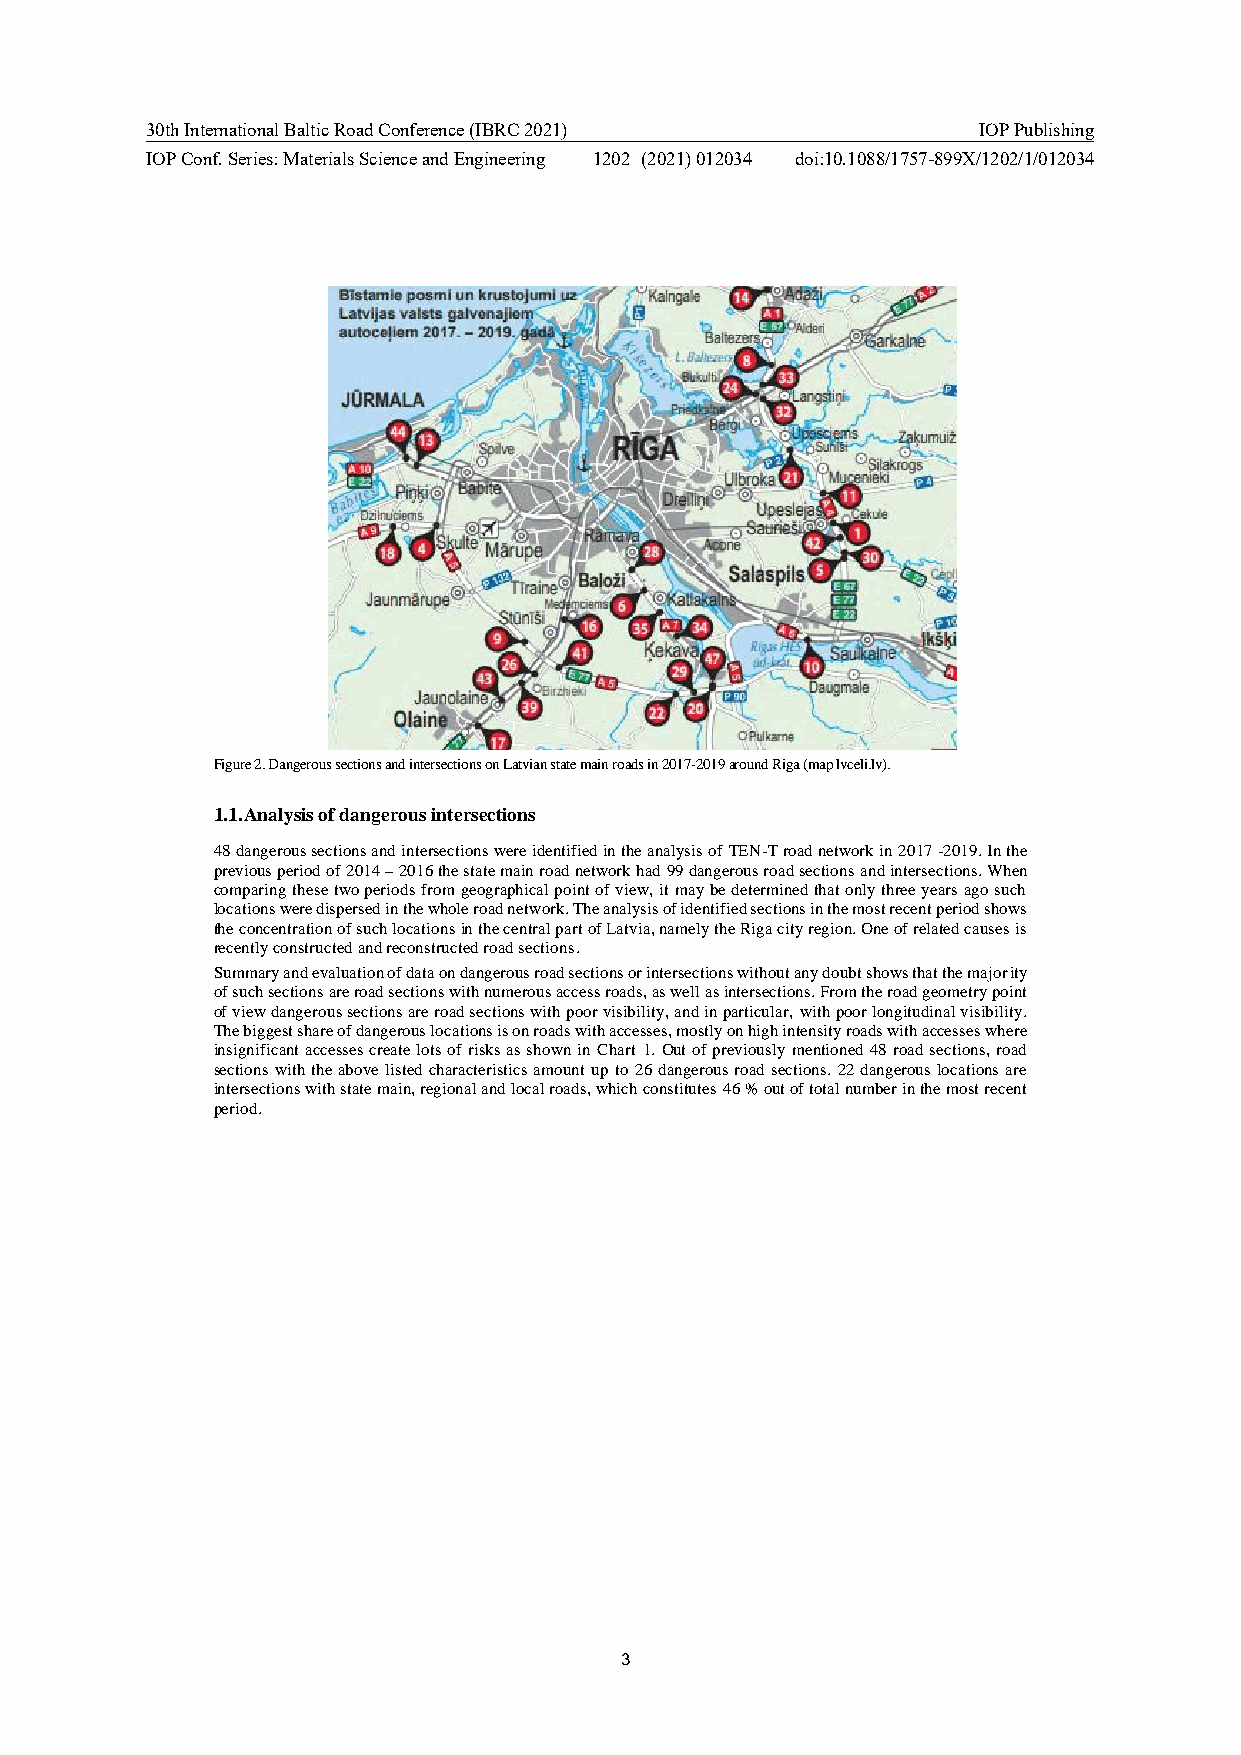
30th International Baltic Road Conference (IBRC 2021)  IOP Publishing
 IOP Conf. Series: Materials Science and Engineering 1202 (2021) 012034 doi:10.1088/1757-899X/1202/1/012034
 Figure 2. Dangerous sections and intersections on Latvian state main roads in 2017-2019 around Riga (map lvceli.lv).
 1.1. Analysis of dangerous intersections
 48 dangerous sections and intersections were identified in the analysis of TEN-T road network in 2017 -2019. In the
 previous period of 2014 – 2016 the state main road network had 99 dangerous road sections and intersections. When
 comparing these two periods from geographical point of view, it may be determined that only three years ago such
 locations were dispersed in the whole road network. The analysis of identified sections in the most recent period shows
 the concentration of such locations in the central part of Latvia, namely the Riga city region. One of related causes is
 recently constructed and reconstructed road sections.
 Summary and evaluation of data on dangerous road sections or intersections without any doubt shows that the majority
 of such sections are road sections with numerous access roads, as well as intersections. From the road geometry point
 of view dangerous sections are road sections with poor visibility, and in particular, with poor longitudinal visibility.
 The biggest share of dangerous locations is on roads with accesses, mostly on high intensity roads with accesses where
 insignificant accesses create lots of risks as shown in Chart 1. Out of previously mentioned 48 road sections, road
 sections with the above listed characteristics amount up to 26 dangerous road sections. 22 dangerous locations are
 intersections with state main, regional and local roads, which constitutes 46 % out of total number in the most recent
 period.
 3